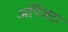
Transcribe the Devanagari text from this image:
ऑपेक्टा